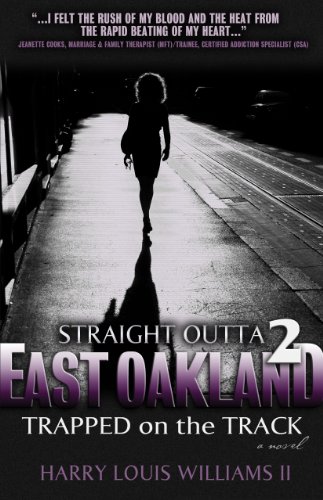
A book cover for Straight Outta East Oakland 2; Harry Louis Williams II; Literature & Fiction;